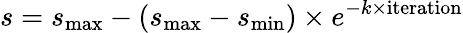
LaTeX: s=s_{\mathrm{max}}-(s_{\mathrm{max}}-s_{\mathrm{min}})\times e^{-k\times\mathrm{iteration}}